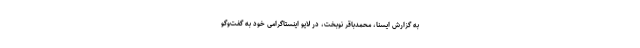
به گزارش ایسنا، محمدباقر نوبخت، در لایو اینستاگرامی خود به گفت‌وگو